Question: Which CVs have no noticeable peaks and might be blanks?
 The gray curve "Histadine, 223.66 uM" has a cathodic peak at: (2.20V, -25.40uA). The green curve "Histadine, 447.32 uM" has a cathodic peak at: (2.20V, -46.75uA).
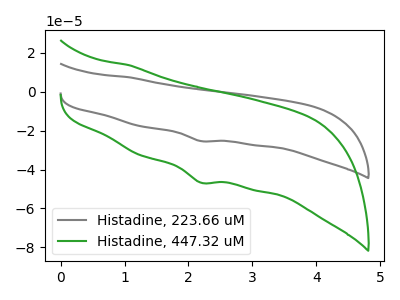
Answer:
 <answer>There are not any CV's on this graph that are likely to be blanks.</answer>
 <eval>none</eval>